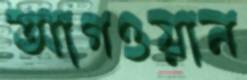
আগওয়ান